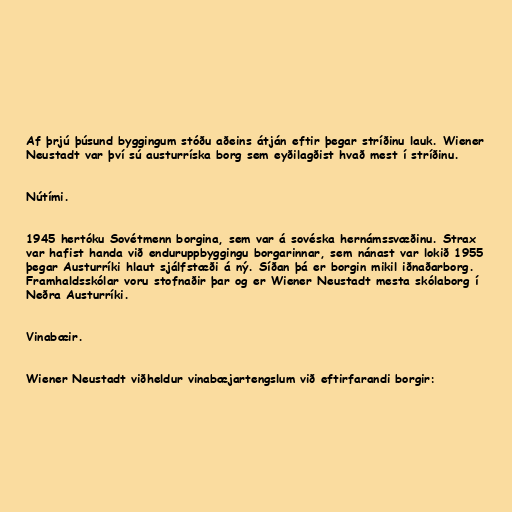
Af þrjú þúsund byggingum stóðu aðeins átján eftir þegar stríðinu lauk. Wiener
Neustadt var því sú austurríska borg sem eyðilagðist hvað mest í stríðinu.

Nútími.

1945 hertóku Sovétmenn borgina, sem var á sovéska hernámssvæðinu. Strax
var hafist handa við enduruppbyggingu borgarinnar, sem nánast var lokið 1955
þegar Austurríki hlaut sjálfstæði á ný. Síðan þá er borgin mikil iðnaðarborg.
Framhaldsskólar voru stofnaðir þar og er Wiener Neustadt mesta skólaborg í
Neðra Austurríki.

Vinabæir.

Wiener Neustadt viðheldur vinabæjartengslum við eftirfarandi borgir: